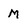
Character: M